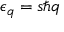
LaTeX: \epsilon _ { \boldsymbol { q } } = s \hbar q